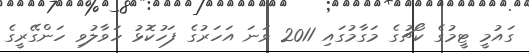
ގައުމީ ޓީމުގެ ކޯޗުގެ މަގާމުގައި 2011 ވަނަ އަހަރުގެ ފަހުކޮޅު ހަވާލުވި ހަންގޭރީގެ